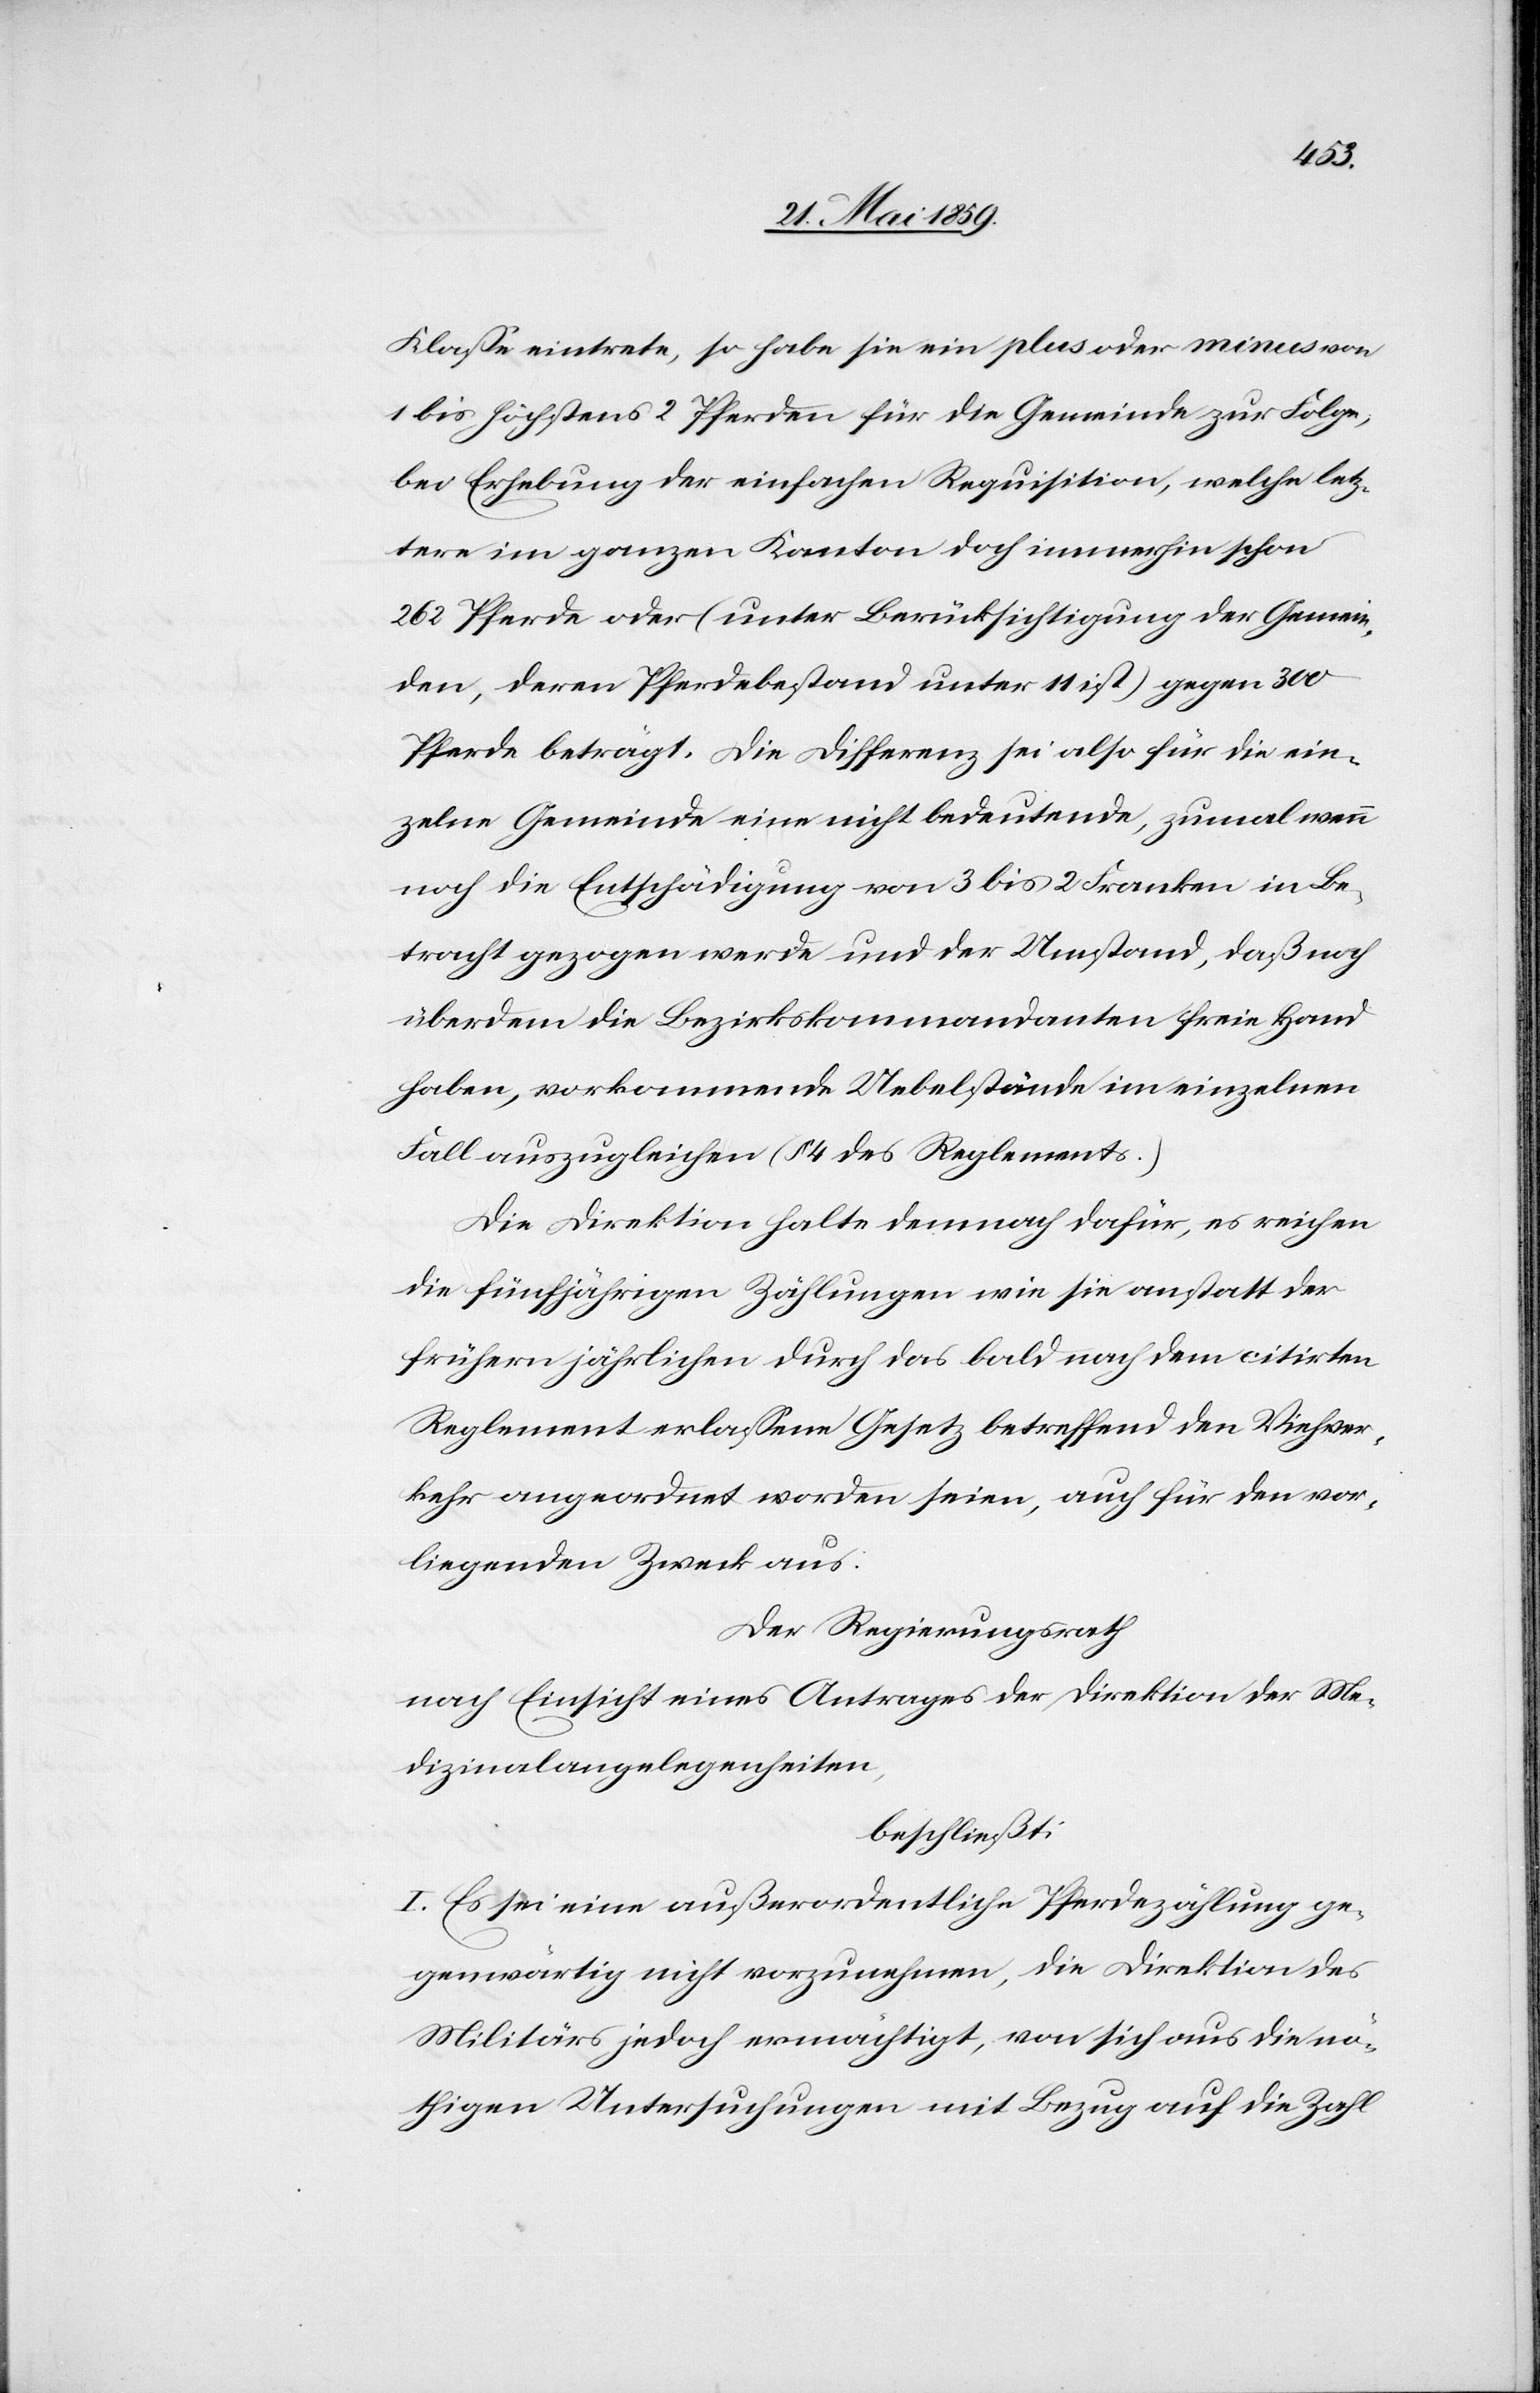
Klasse eintrete, so habe sie ein plus oder minus von
1 bis höchstens 2 Pferden für die Gemeinde zur Folge,
bei Erhebung der einfachen Requisition, welche letz¬
tere im ganzen Kanton doch immerhin schon
262 Pferde oder (unter Berücksichtigung der Gemein¬
den, deren Pferdebestand unter 11 ist) gegen 300
Pferde beträgt. Die Differenz sei also für die ein¬
zelne Gemeinde eine nicht bedeutende, zumal wenn
noch die Entschädigung von 3 bis 2 Franken in Be¬
tracht gezogen werde und der Umstand, daß noch
überdem die Bezirkskommandanten freie Hand
haben, vorkommende Uebelstände im einzelnen
Fall auszugleichen (§ 4 des Reglements.)
Die Direktion halte demnach dafür, es reichen
die fünfjährigen Zählungen wie sie anstatt der
frühern jährlichen durch das bald nach dem citirten
Reglement erlassene Gesetz betreffend den Viehver¬
kehr angeordnet worden seien, auch für den vor¬
liegenden Zweck aus:
Der Regierungsrath
nach Einsicht eines Antrages der Direktion der Me¬
dizinalangelegenheiten,
beschließt:
I. Es sei eine außerordentliche Pferdezählung ge¬
genwärtig nicht vorzunehmen, die Direktion des
Militärs jedoch ermächtigt, von sich aus die nö¬
thigen Untersuchungen mit Bezug auf die Zahl